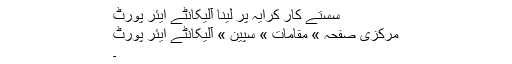
سستے کار کرایہ پر لینا آلیکانٹے ایئر پورٹ
مرکزی صفحہ » مقامات » سپين » آلیکانٹے ایئر پورٹ
۔